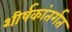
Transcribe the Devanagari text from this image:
शीर्षकांतर्गत